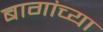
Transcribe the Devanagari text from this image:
बागांच्या